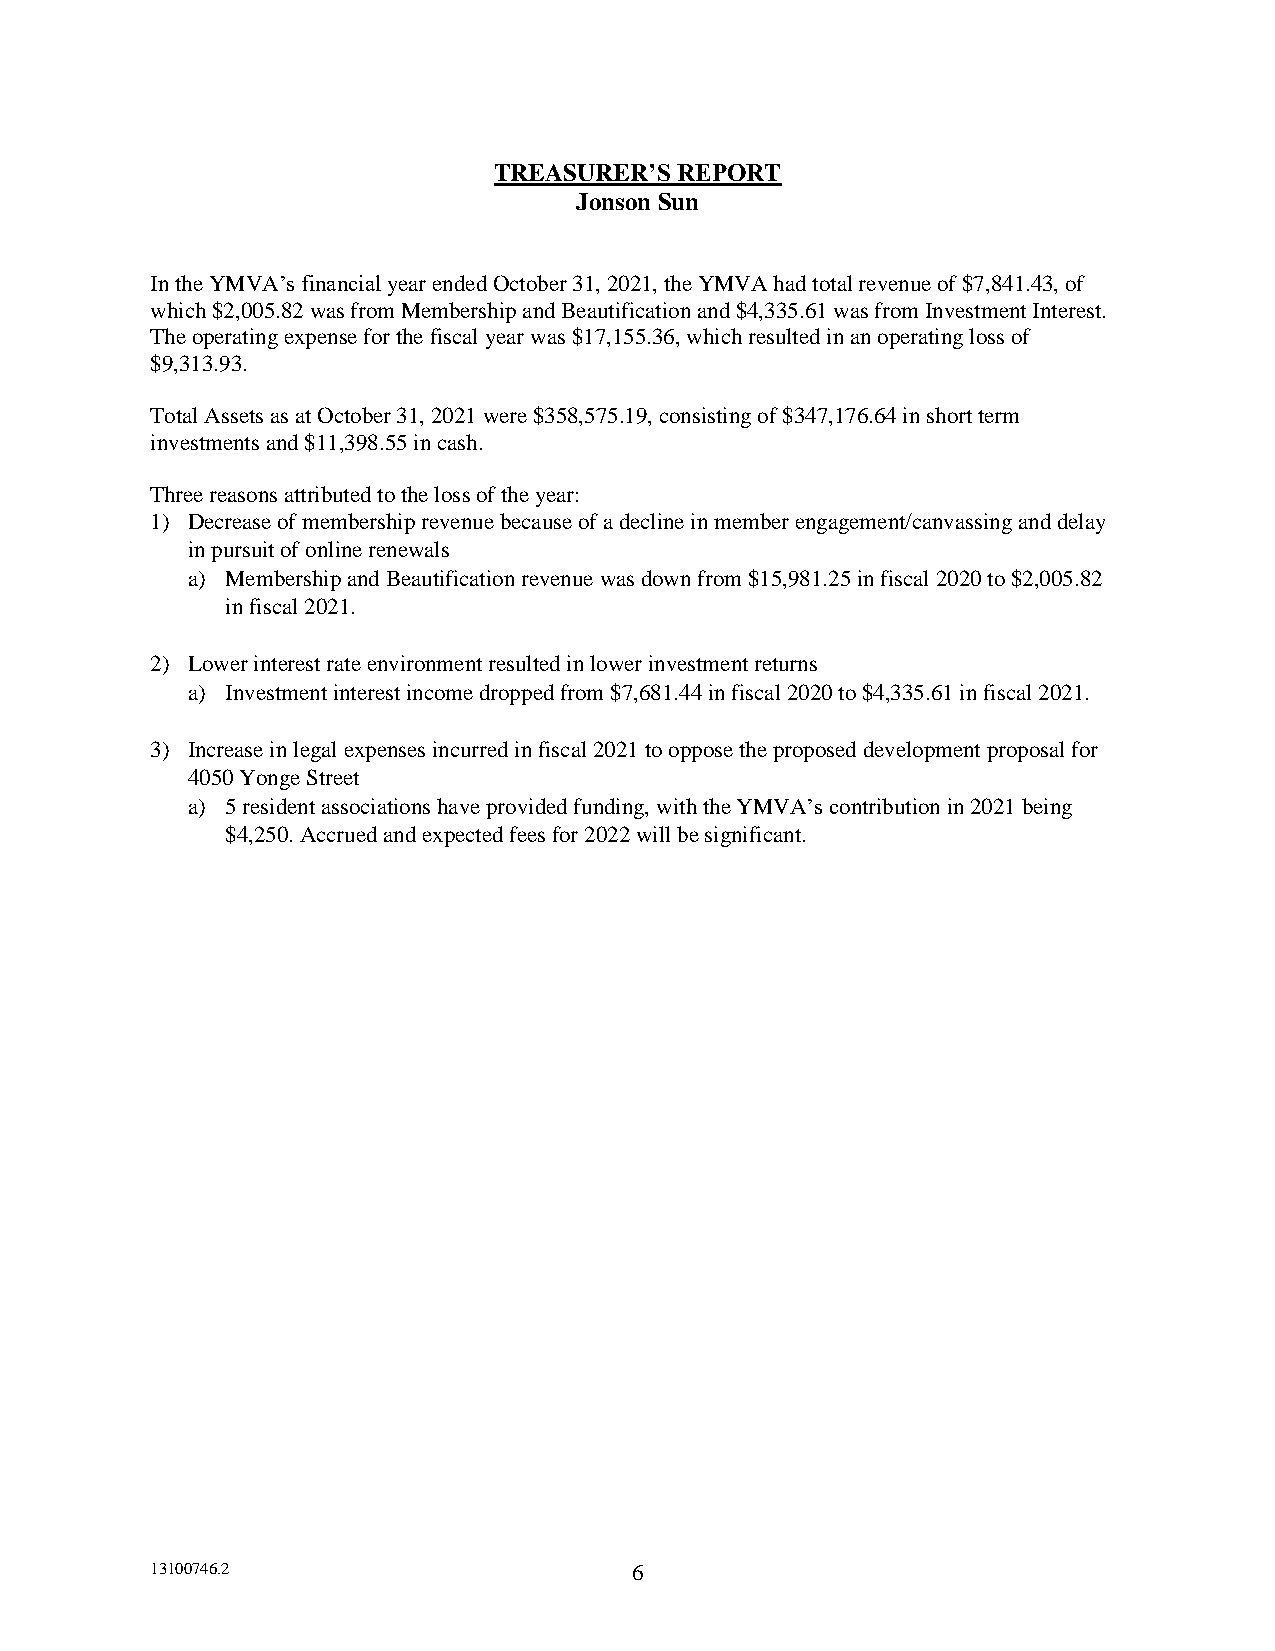
TREASURER’S REPORT
 Jonson Sun
 In the YMVA’s financial year ended October 31, 2021, the YMVA had total revenue of $7,841.43, of
 which $2,005.82 was from Membership and Beautification and $4,335.61 was from Investment Interest.
 The operating expense for the fiscal year was $17,155.36, which resulted in an operating loss of
 $9,313.93.
 Total Assets as at October 31, 2021 were $358,575.19, consisting of $347,176.64 in short term
 investments and $11,398.55 in cash.
 Three reasons attributed to the loss of the year:
 1) Decrease of membership revenue because of a decline in member engagement/canvassing and delay
 in pursuit of online renewals
 a) Membership and Beautification revenue was down from $15,981.25 in fiscal 2020 to $2,005.82
 in fiscal 2021.
 2) Lower interest rate environment resulted in lower investment returns
 a) Investment interest income dropped from $7,681.44 in fiscal 2020 to $4,335.61 in fiscal 2021.
 3) Increase in legal expenses incurred in fiscal 2021 to oppose the proposed development proposal for
 4050 Yonge Street
 a) 5 resident associations have provided funding, with the YMVA’s contribution in 2021 being
 $4,250. Accrued and expected fees for 2022 will be significant.
 13100746.2                      6